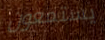
يستمعون